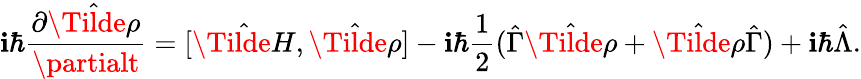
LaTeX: \mathbf{i}\hbar\frac{{\partial\hat{{\Tilde{\rho}}}}}{{\partialt}}=[\hat{{\Tilde{H}}},\hat{{\Tilde{\rho}}}]-\mathbf{i}\hbar\frac{{1}}{{2}}(\hat{{\Gamma}}\hat{{\Tilde{\rho}}}+\hat{{\Tilde{\rho}}}\hat{{\Gamma}})+\mathbf{i}\hbar\hat{{\Lambda}}.